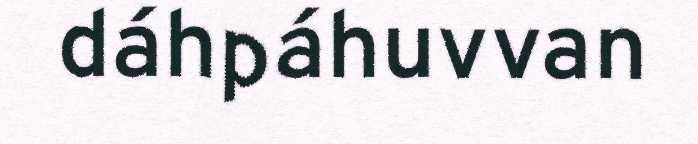
dáhpáhuvvan